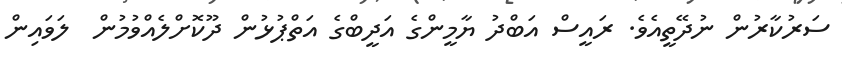
ސަރުކާރުން ނުދޭތީއެވެ. ރައީސް އަބްދު ޔާމީންގެ އަދީބްގެ އަތްޕުޅުން ދޫކޮށްލެއްވުމުން  ލަވައިން